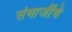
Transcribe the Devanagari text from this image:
संभाजींचे